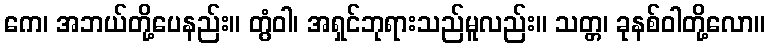
ကေ၊ အဘယ်တို့ပေနည်း။ တွံဝါ၊ အရှင်ဘုရားသည်မူလည်း။ သတ္တ၊ ခုနစ်ဝါတို့လော။